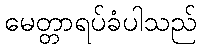
မေတ္တာရပ်ခံပါသည်